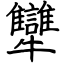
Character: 犫